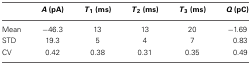
<table><thead><tr><td></td><td><b><i>A</i> (pA)</b></td><td><b><i>T</i><sub>1</sub> (ms)</b></td><td><b><i>T</i><sub>2</sub> (ms)</b></td><td><b><i>T</i><sub>3</sub> (ms)</b></td><td><b><i>Q</i> (pC)</b></td></tr></thead><tbody><tr><td>Mean</td><td>−46.3</td><td>13</td><td>13</td><td>20</td><td>−1.69</td></tr><tr><td>STD</td><td>19.3</td><td>5</td><td>4</td><td>7</td><td>0.83</td></tr><tr><td>CV</td><td>0.42</td><td>0.38</td><td>0.31</td><td>0.35</td><td>0.49</td></tr></tbody></table>